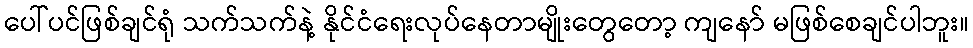
ပေါ်ပင်ဖြစ်ချင်ရုံ သက်သက်နဲ့ နိုင်ငံရေးလုပ်နေတာမျိုးတွေတော့ ကျနော် မဖြစ်စေချင်ပါဘူး။